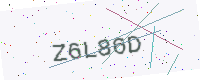
Text: Z6L86D